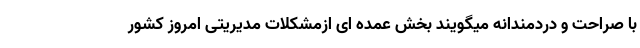
با صراحت و دردمندانه میگویند بخش عمده ای ازمشکلات مدیریتی امروز کشور